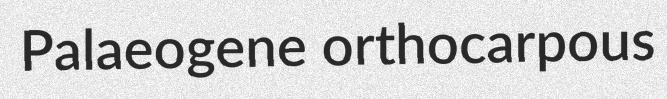
Palaeogene orthocarpous